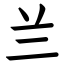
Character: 兰